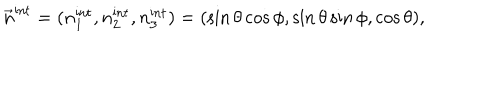
LaTeX: \vec { n } ^ { \mathrm { i n t } } = ( n _ { 1 } ^ { \mathrm { i n t } } , n _ { 2 } ^ { \mathrm { i n t } } , n _ { 3 } ^ { \mathrm { i n t } } ) = ( \sin \theta \cos \phi , \sin \theta \sin \phi , \cos \theta ) ,